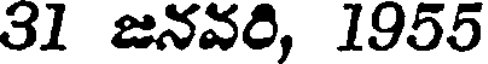
31 జనవరి, 1955